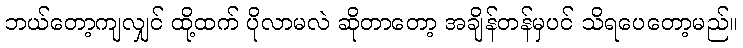
ဘယ်တော့ကျလျှင် ထို့ထက် ပိုလာမလဲ ဆိုတာတော့ အချိန်တန်မှပင် သိရပေတော့မည်။